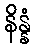
နိန္နံ